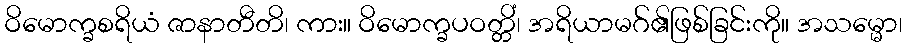
ဝိမောက္ခစရိယံ ဇာနာတီတိ၊ ကား။ ဝိမောက္ခပဝတ္တိံ၊ အရိယာမဂ်၏ဖြစ်ခြင်းကို။ အသမ္မော၊